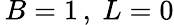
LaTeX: \, B=1\, ,~L=0